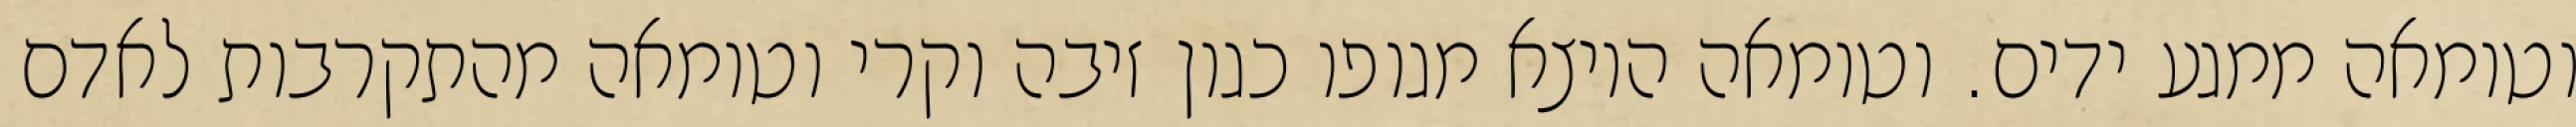
וטומאה ממגע ידים. וטומאה היוצא מגופו כגון זיבה וקרי וטומאה מהתקרבות לאדם